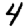
Digit: 4